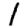
Digit: 1